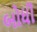
બોધી